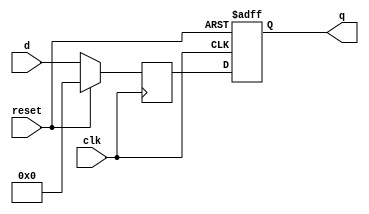
module top_module (
    input clk,
    input reset,            // Synchronous reset
    input [7:0] d,
    output [7:0] q
);

    reg [7:0] q;
    reg [7:0] d_reg;

    always @(posedge clk or posedge reset) begin
        if (reset) begin
            q <= 8'h0;
        end else begin
            q <= d_reg;
        end
    end

    always @(posedge clk) begin
        if (reset) begin
            d_reg <= 8'h0;
        end else begin
            d_reg <= d;
        end
    end

endmodule